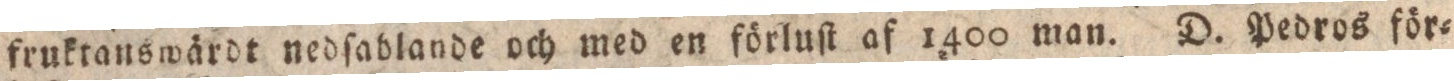
fruktauswärdt nedſablande och med en förluſt af 1400 man. D. Pedros för-